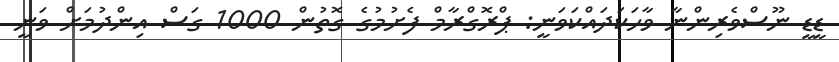
ޑީޑީ ނޫސްވެރިންނާ ވާހަކަދައްކަވަނީ: ޕްރޮގްރާމް ފެށުމުގެ ގޮތުން 1000 ގަސް އިންދުމަށް ވަނީ